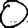
Digit: 0